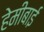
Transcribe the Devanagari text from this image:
हेमीबाई